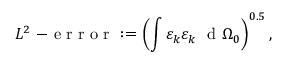
L ^ { 2 } \mathrm { ~ - ~ e ~ r ~ r ~ o ~ r ~ } : = \left( \int \varepsilon _ { k } \varepsilon _ { k } \ \mathrm { ~ d ~ } \Omega _ { 0 } \right) ^ { 0 . 5 } ,